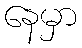
နေမှာ